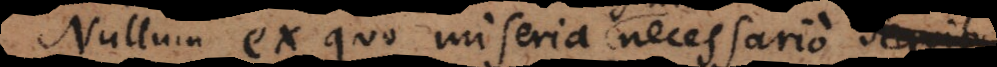
Nullum ex quo miseria necessario sequit